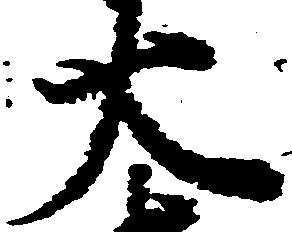
大